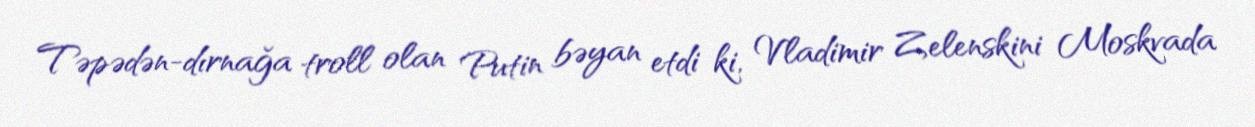
Təpədən-dırnağa troll olan Putin bəyan etdi ki, Vladimir Zelenskini Moskvada